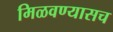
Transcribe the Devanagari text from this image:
मिळवण्यासच